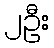
၂ဦး